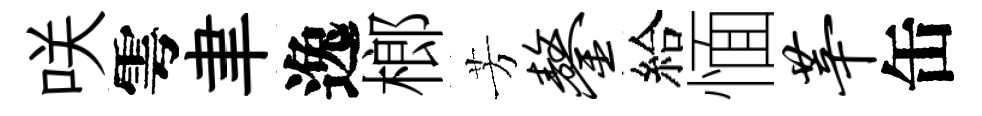
咲雩聿逸榔芳鏊給愐莘缶